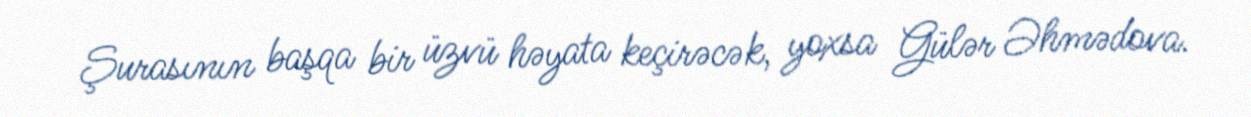
Şurasının başqa bir üzvü həyata keçirəcək, yoxsa Gülər Əhmədova.